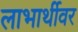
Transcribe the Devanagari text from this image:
लाभार्थीवर